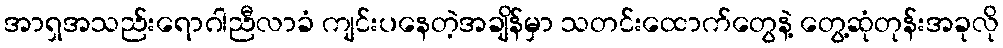
အာရှအသည်းရောဂါညီလာခံ ကျင်းပနေတဲ့အချိန်မှာ သတင်းထောက်တွေနဲ့ တွေ့ဆုံတုန်းအခုလို